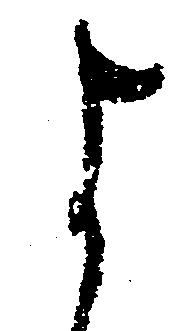
よ